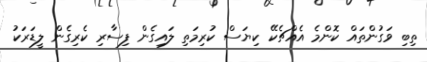
ތިބި ވަގުންތައް ކޮންމެ އެއްޗެކޭ ކިޔަސް ކުރިމަތި ލައިގެން ފިސާރި ކެރިގެން ލީޑަރަކު